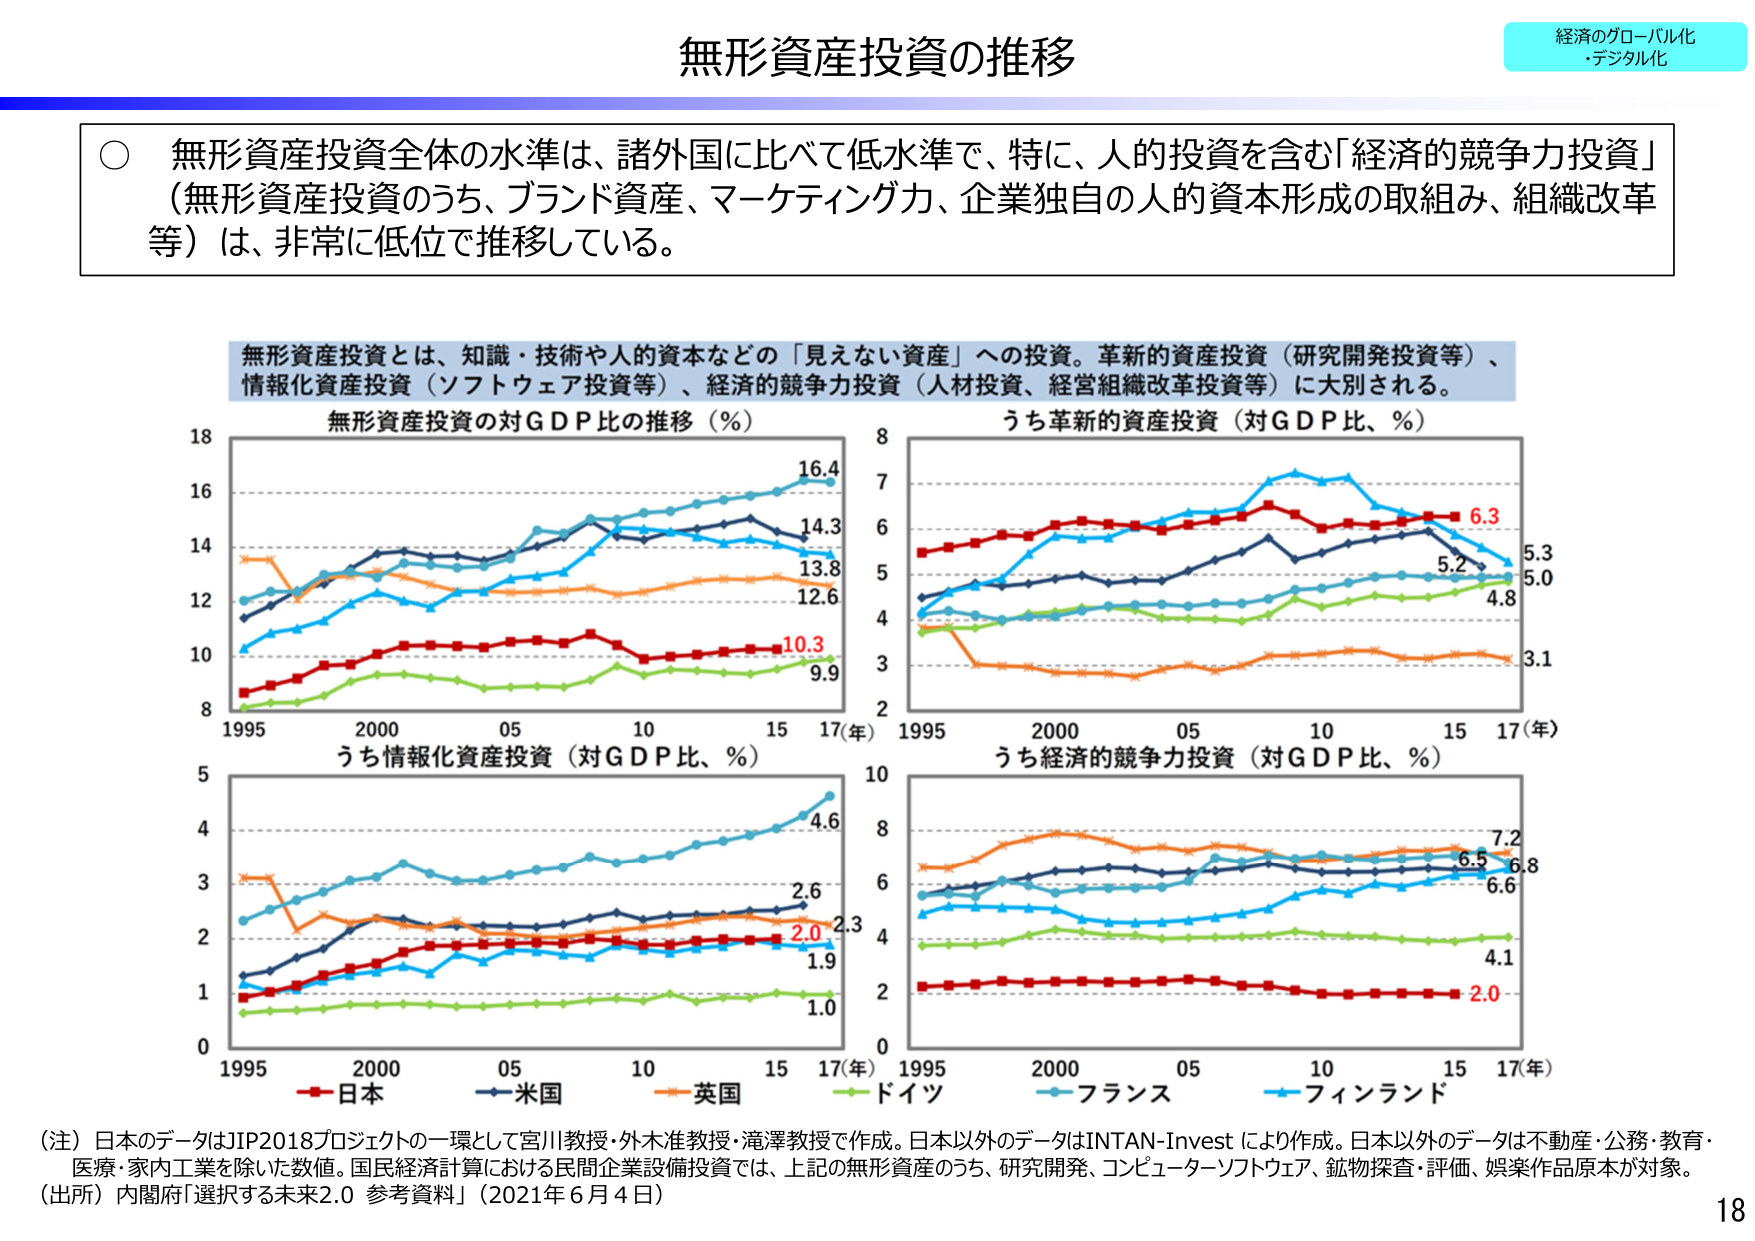
無形資産投資の推移

経済のグローバル化
・デジタル化

○ 無形資産投資全体の水準は、諸外国に比べて低水準で、特に、人的投資を含む「経済的競争力投資」
（無形資産投資のうち、ブランド資産、マーケティング力、企業独自の人的資本形成の取組み、組織改革
等）は、非常に低位で推移している。

無形資産投資とは、知識・技術や人的資本などの「見えない資産」への投資。革新的資産投資（研究開発投資等）、
情報化資産投資（ソフトウェア投資等）、経済的競争力投資（人材投資、経営組織改革投資等）に大別される。

無形資産投資の対ＧＤＰ比の推移（％）
18
16
14
12
10
8
1995 2000 05 10 15 17（年）
16.4
14.3
13.8
12.6
10.3
9.9

うち革新的資産投資（対ＧＤＰ比、％）
8
7
6
5
4
3
2
1995 2000 05 10 15 17（年）
6.3
5.2
5.3
5.0
4.8
3.1

うち情報化資産投資（対ＧＤＰ比、％）
5
4
3
2
1
0
1995 2000 05 10 15 17（年）
4.6
2.6
2.3
2.0
1.9
1.0

うち経済的競争力投資（対ＧＤＰ比、％）
10
8
6
4
2
0
1995 2000 05 10 15 17（年）
7.2
6.5
6.8
6.6
4.1
2.0

日本
米国
英国
ドイツ
フランス
フィンランド

（注）日本のデータはJIP2018プロジェクトの一環として宮川教授・外木准教授・滝澤教授で作成。日本以外のデータはINTAN-Invest により作成。日本以外のデータは不動産・公務・教育・
医療・家内工業を除いた数値。国民経済計算における民間企業設備投資では、上記の無形資産のうち、研究開発、コンピューターソフトウェア、鉱物探査・評価、娯楽作品原本が対象。
（出所）内閣府「選択する未来2.0 参考資料」（2021年6月4日）

18